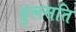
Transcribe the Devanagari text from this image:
हुलसति